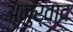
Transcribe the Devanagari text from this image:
अनुर्वाद